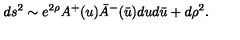
d s ^ { 2 } \sim e ^ { 2 \rho } A ^ { + } ( u ) \bar { A } ^ { - } ( \bar { u } ) d u d \bar { u } + d \rho ^ { 2 } .